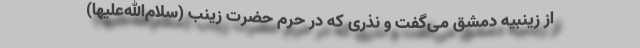
از زینبیه دمشق می‌گفت و نذری که در حرم حضرت زینب (سلام‌الله‌علیها)